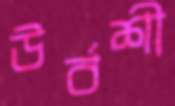
উর্বশী